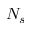
N _ { s }